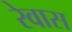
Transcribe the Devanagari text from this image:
रेवास